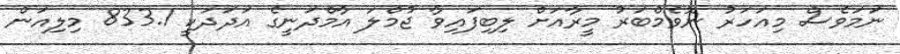
ނަމަވެސް މިއަހަރު ނޮވެމްބަރު މީރާއަށް ލިބިފައިވާ ޖުމްލަ އާމްދަނީގެ އަދަދަކީ 833.1 މިލިއަން